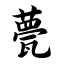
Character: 甍